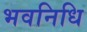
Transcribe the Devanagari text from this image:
भवनिधि